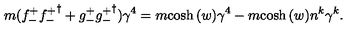
m ( { f _ { - } ^ { + } } { { f _ { - } ^ { + } } } ^ { \dagger } + { g _ { - } ^ { + } } { { g _ { - } ^ { + } } } ^ { \dagger } ) \gamma ^ { 4 } = m { \cosh { ( w ) } } \gamma ^ { 4 } - m { \cosh { ( w ) } } n ^ { k } \gamma ^ { k } .